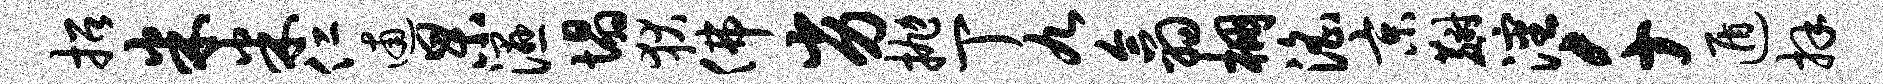
招米米仁逋杲湿塌狄佛劣抛丁九翕棚淫京麝沈千遁拜